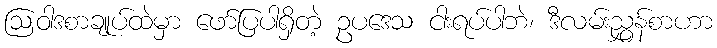
ဩဝါဒစာချုပ်ထဲမှာ ဖော်ပြပါရှိတဲ့ ဥပဒေသ ငါးရပ်ပါဘဲ၊ ဒီလမ်းညွှန်စာဟာ